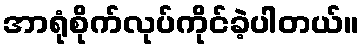
အာရုံစိုက်လုပ်ကိုင်ခဲ့ပါတယ်။